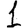
Digit: 1